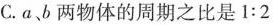
C. a、b 两物体的周期之比是 $$1 : 2$$